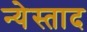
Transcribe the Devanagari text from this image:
न्येस्ताद